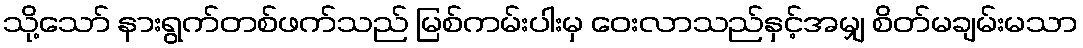
သို့သော် နားရွက်တစ်ဖက်သည် မြစ်ကမ်းပါးမှ ဝေးလာသည်နှင့်အမျှ စိတ်မချမ်းမသာ